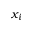
x _ { i }